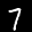
Label: 7